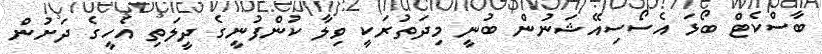
ބާސްކެޓް ބޯޅަ އެސޯސިއޭޝަނުން ބުނީ މިދަތުރަކީ ވިލާ ކުންފުނީގެ ދީލަތި އެހީގެ ދަށުން